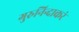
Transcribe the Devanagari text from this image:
गुरुनिन्दाकरं